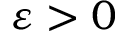
\varepsilon > 0